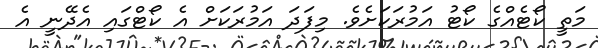
މަތީ ކޯޓެއްގެ ކޯޓު އަމުރަކަށެވެ. މިފަދަ އަމުރަކަށް އެ ކޯޓްގައި އެދޭނީ އެ